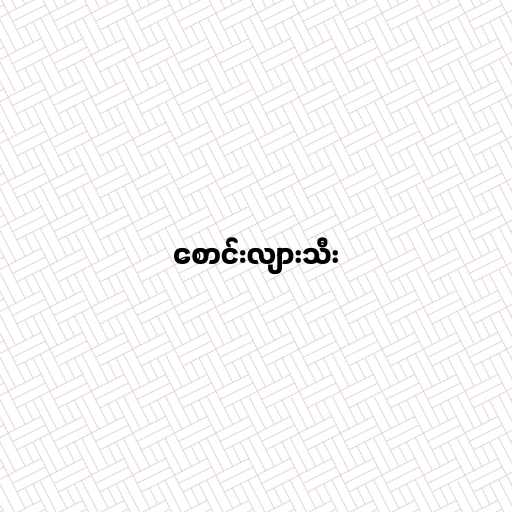
စောင်းလျားသီး